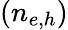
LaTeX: (n_{e,h})